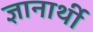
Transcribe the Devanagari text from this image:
ज्ञानार्थी